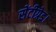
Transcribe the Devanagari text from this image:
सेंटीग्रेड।